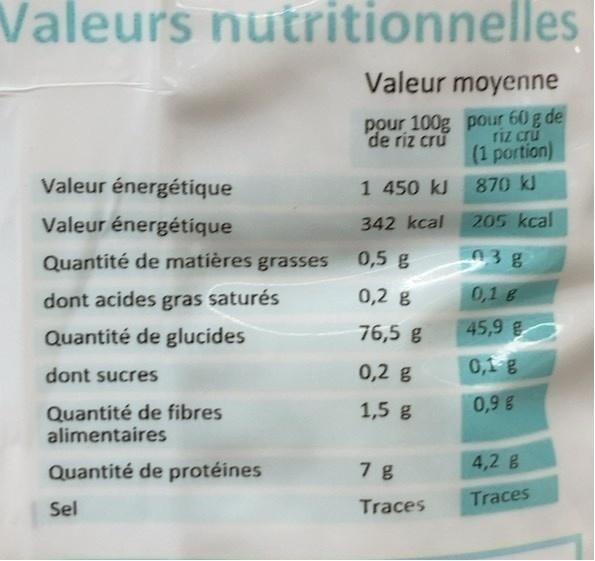
Valeurs nutritionnelles
Valeur moyenne
pour 100g pour 60g de riz cru
de riz cru
(1 portion)
Valeur énergétique
1 450 kJ
870 kJ
Valeur énergétique
342 kcal
205 kcal
Quantité de matières grasses
0,5 g
03g
dont acides saturés
gras
0,2 g
0,1 e
Quantité de glucides
76,5 g
45,9 g
dont sucres
0,2 g
0,1 g
1,5 g
0,9 g
Quantité de fibres alimentaires
Quantité de protéines
7 g
4,2 B
Traces
Traces
Sel